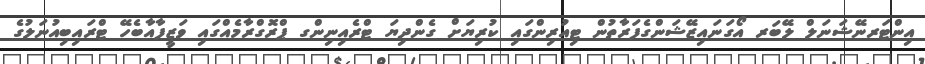
އިންޓަރނޭޝަނަލް ލޭބަރ އޯގަނައިޒޭޝަންގެފަރާތުން ޓިއުރިންގައި ކުރިޔަށް ގެންދިޔަ ޓްރެއިނިންގ ޕްރޮގްރާމެއްގައި ވަޒީފާއާބެހޭ ޓްރައިބިއުނަލުގެ